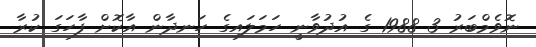
ނޮވެމްބަރު 3 1988 ގެ އުދުވާނީ ހަމަލައިގެ ހަނދާން އާކޮށް ފާހަގަ ކުރާ